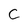
Character: C